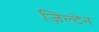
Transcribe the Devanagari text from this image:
ज़िल्टेन